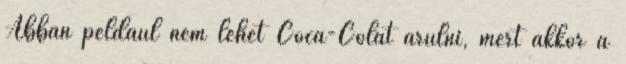
Abban például nem lehet Coca-Colát árulni, mert akkor a